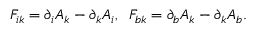
F _ { i k } = \partial _ { i } A _ { k } - \partial _ { k } A _ { i } , \; \; F _ { b k } = \partial _ { b } A _ { k } - \partial _ { k } A _ { b } .